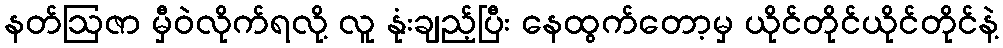
နတ်ဩဇာ မှီဝဲလိုက်ရလို့ လူ နုံးချည့်ပြီး နေထွက်တော့မှ ယိုင်တိုင်ယိုင်တိုင်နဲ့